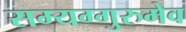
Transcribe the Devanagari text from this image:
सम्यग्गुरुमेव